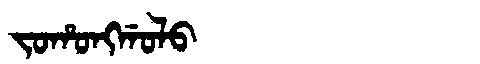
Manchu: ᠵᠣᡥᠣᠩᡤᠣᠯᠣ
Romanization: JOHONGGOLO